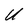
Character: U